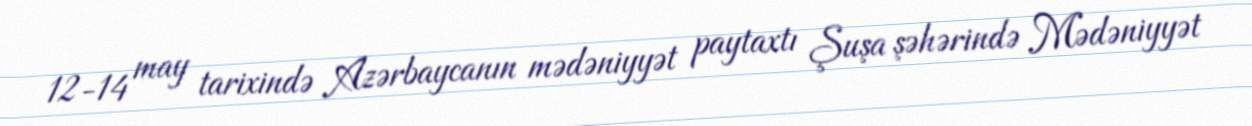
12-14 may tarixində Azərbaycanın mədəniyyət paytaxtı Şuşa şəhərində Mədəniyyət